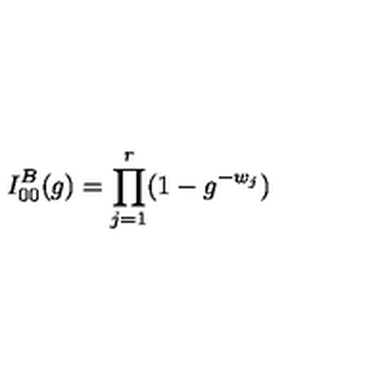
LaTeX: I _ { 0 0 } ^ { B } ( g ) = \prod _ { j = 1 } ^ { r } ( 1 - g ^ { - w _ { j } } )